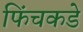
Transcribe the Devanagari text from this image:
फिंचकडे